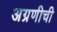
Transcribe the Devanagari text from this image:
अग्रणीची